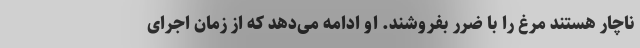
ناچار هستند مرغ را با ضرر بفروشند. او ادامه می‌دهد که از زمان اجرای